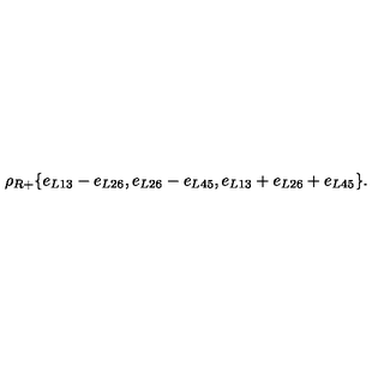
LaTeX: \rho _ { R + } \{ e _ { L 1 3 } - e _ { L 2 6 } , e _ { L 2 6 } - e _ { L 4 5 } , e _ { L 1 3 } + e _ { L 2 6 } + e _ { L 4 5 } \} .